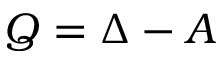
Q = \Delta - A